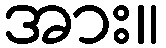
အား။